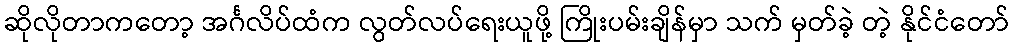
ဆိုလိုတာကတော့ အင်္ဂလိပ်ထံက လွတ်လပ်ရေးယူဖို့ ကြိုးပမ်းချိန်မှာ သက် မှတ်ခဲ့ တဲ့ နိုင်ငံတော်